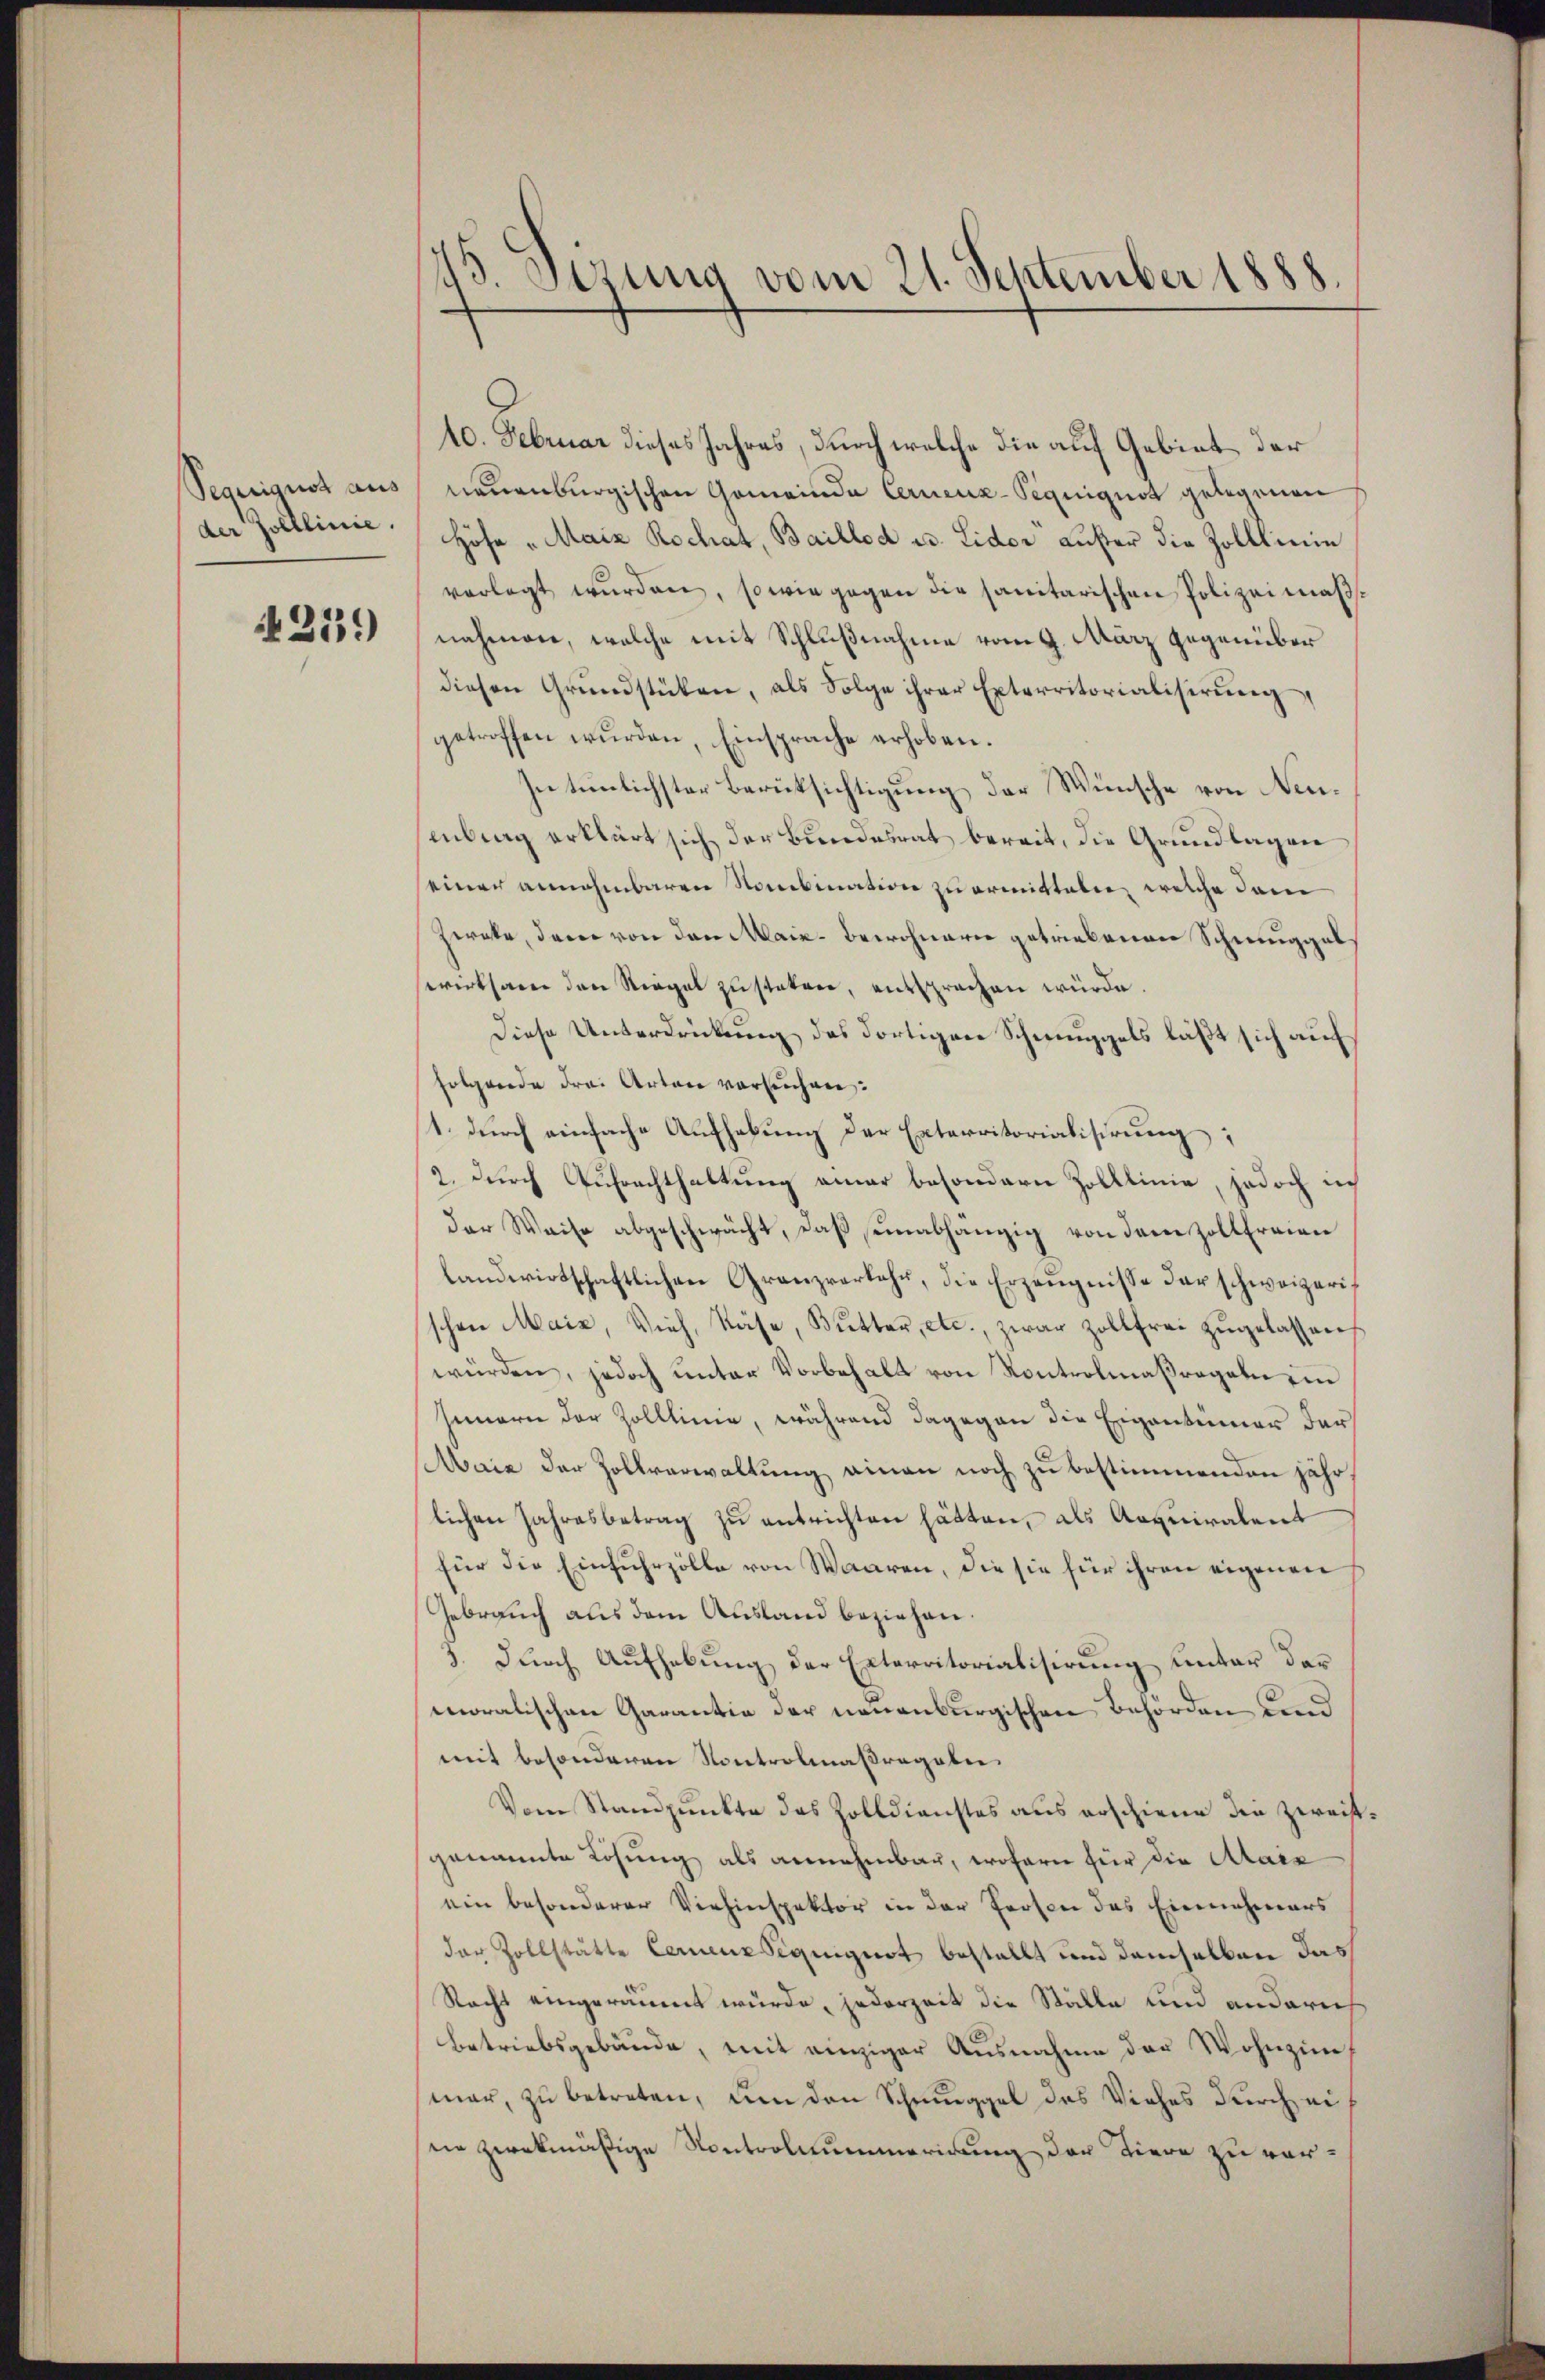
Segerigust aus
der polllinie.

4259

45 Sirung vom 21. September 1888.

10. Februar dieses Jahres, durch welche die auf Gebiet der
neuenburgischen Gemeinde Cerneuz-Piquiquot gelegenen
Höfe „Maiz Rochat, Baillod u. Lidor Luster die Zolllinie
verlegt wŭrden, sowie gegen die sanitarischen Polizeimäßnahmen, welche mit Schlußnahme vom 9. März gegenüber
diesen Grundstüken, als Folge ihrer Exterritorialisirung
getroffen wurden, Einsprache erhoben.
Intunlichster Berüksichtigung der Wünsche von Neuenbrag erklärt sich der Bundesrat bereit, die Grundlagen
seiner annehmbaren Nombination zu ermittelen, welche dem
zerate, dem von den Maie-Bewohnern getriebenen Schmuggel
swirksam den Riegel zustaten, entsprachen würde.
Diese Unterdrückung des dortigen Schmuggels läßt sich auf
folgende drei Arten versuchen:
1. durch einfache Aufhebung der Exterritorialisirung;
2. durch Aufrachthaltung einer besondern Zolllinie, jedoch in
der Weise abgeschwächt, daß einabhängig von dem Zollfreien
landwirtschaftlichen Granzverkehr, die Erzeugnisse der schweizerischon Mais, Vieh, Käse, Butter, etc., zwar zollfrei zŭgelassen
würden, jedoch unter Vorbehalt von Kontrolmaßregeln ein
Innern der Zolllinie, während dagegen die Eigentümer der
aiz der Zollverwaltung einen noch zu bestimmenden jähr
lichen Jahresbetrag zu entrichten hätten, als Aequiralent
für die Einfuhrzölle von Waaren, die sie für ihren eigenen
Gebrauch aus dem Ausland beziehen.
3. Durch Aufhebung der Exterritorialisirung unter der
moralischen Garantie der neuenburgischen Behörden und
mit besonderen Kontrolmaßregeln.
Vom Standpunkte das Zolldienstes aus erschiene die Zweifgenannte Lösung als annehmbar, wofern für die Alais
ein besonderer Viehinspektor in der Prosen das Einnahmers
der Zollstätte Cerenzsequiguot bestellt und demselben das
Racht eingeräumt würde, jederzeit die Ställe und anderich
betriebsgebäude, mit einziger Ausnahme der Wohnzim
mar, zu betreten, um den Schmuggel des Viehes durch ei
nie zwekmäßige Kontrolcummarinung der Tiere zu ver¬